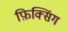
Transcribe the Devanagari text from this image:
फ़िक्सिंग